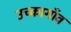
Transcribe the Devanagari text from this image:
उच्कागाँव